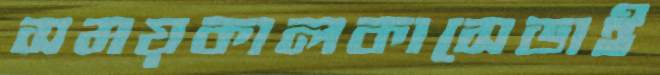
সময়কালকাসেডাই